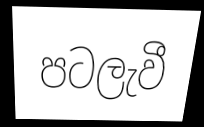
පටලැවී